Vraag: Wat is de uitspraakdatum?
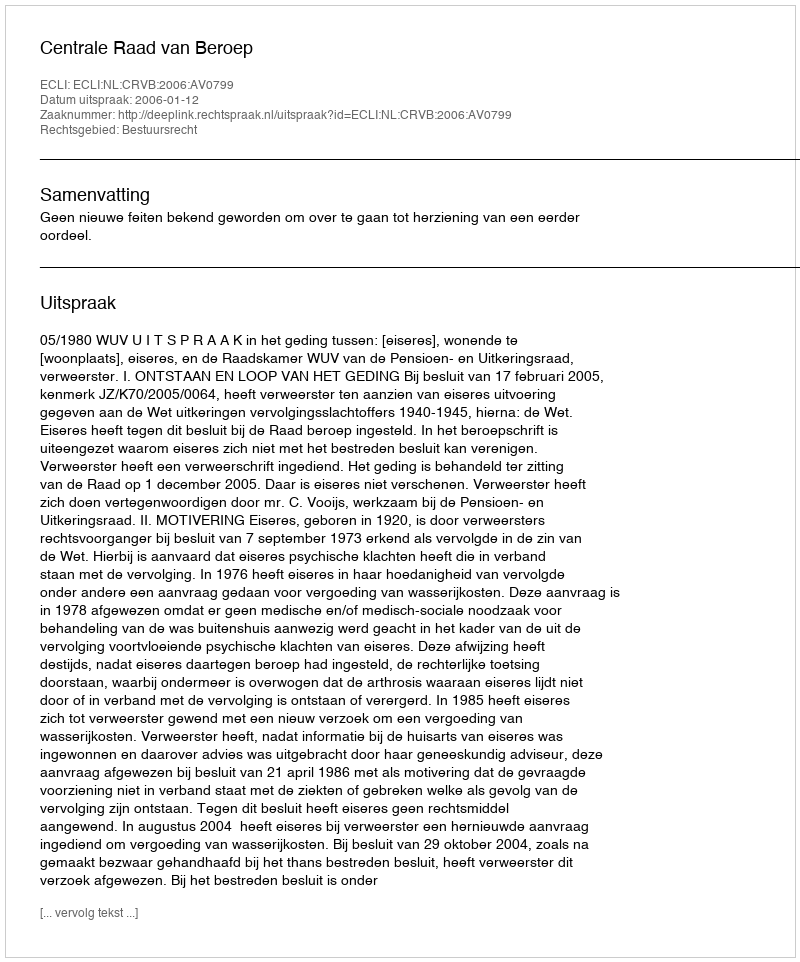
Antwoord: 2006-01-12